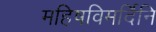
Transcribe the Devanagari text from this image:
महिषविमर्दिनि